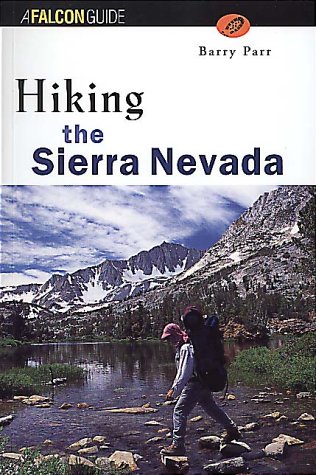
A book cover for Hiking the Sierra Nevada (Regional Hiking Series); Barry Parr; Travel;